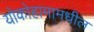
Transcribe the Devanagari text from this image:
योकोहामामधील